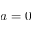
a = 0